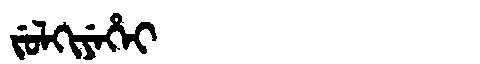
Manchu: ᠵᡠᠯᡴᡳᠶᡝᡥᡝᡳ
Romanization: JULKIYEHEI